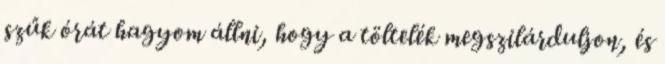
szűk órát hagyom állni, hogy a töltelék megszilárduljon, és